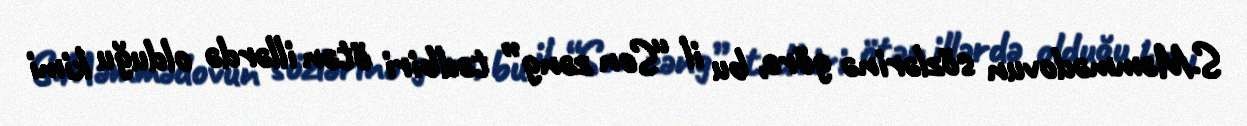
S.Məmmədovun sözlərinə görə, bu il “Son zəng” tədbiri ötən illərdə olduğu kimi